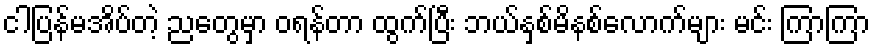
ငါပြန်မအိပ်တဲ့ ညတွေမှာ ဝရန်တာ ထွက်ပြီး ဘယ်နှစ်မိနစ်လောက်များ မင်း ကြာကြာ